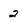
Character: 2